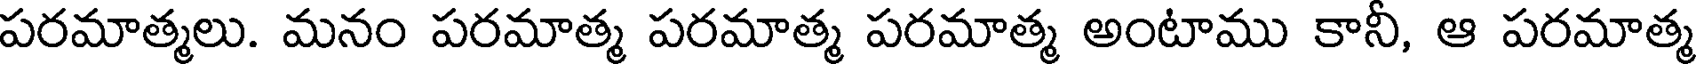
పరమాత్మలు. మనం పరమాత్మ పరమాత్మ పరమాత్మ అంటాము కానీ, ఆ పరమాత్మ